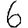
Digit: 6